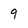
Character: 9